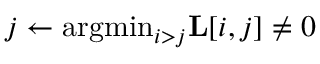
j \gets \mathrm { a r g m i n } _ { i > j } \mathbf { L } [ i , j ] \neq 0